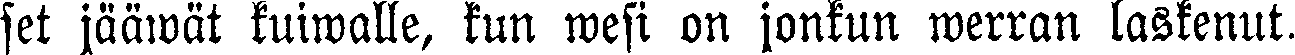
set jääwät kuiwalle, kun wesi on jonkun werran laskenut.